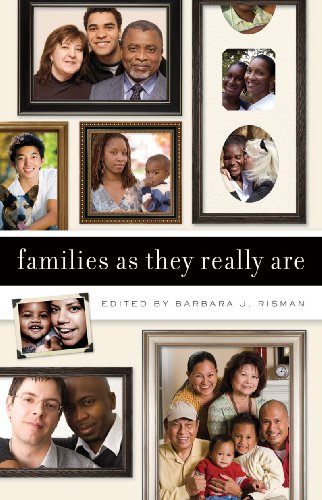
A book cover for Families as They Really Are; Politics & Social Sciences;